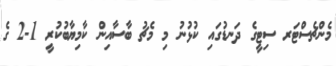
މެންޗެސްޓަރ ސިޓީގެ ދަނޑުގައި ކުޅުނު މި މެޗު ބާސާއިން ކާމިޔާބުކުރީ 1-2 ގެ